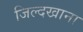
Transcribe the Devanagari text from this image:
जिल्दखाना